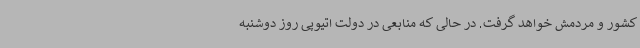
کشور و مردمش خواهد گرفت. در حالی که منابعی در دولت اتیوپی روز دوشنبه